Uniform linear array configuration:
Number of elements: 4
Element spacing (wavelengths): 0.25
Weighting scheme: binomial
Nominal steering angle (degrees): -15
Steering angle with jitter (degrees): -15.354
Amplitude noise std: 0.05
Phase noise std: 0.05

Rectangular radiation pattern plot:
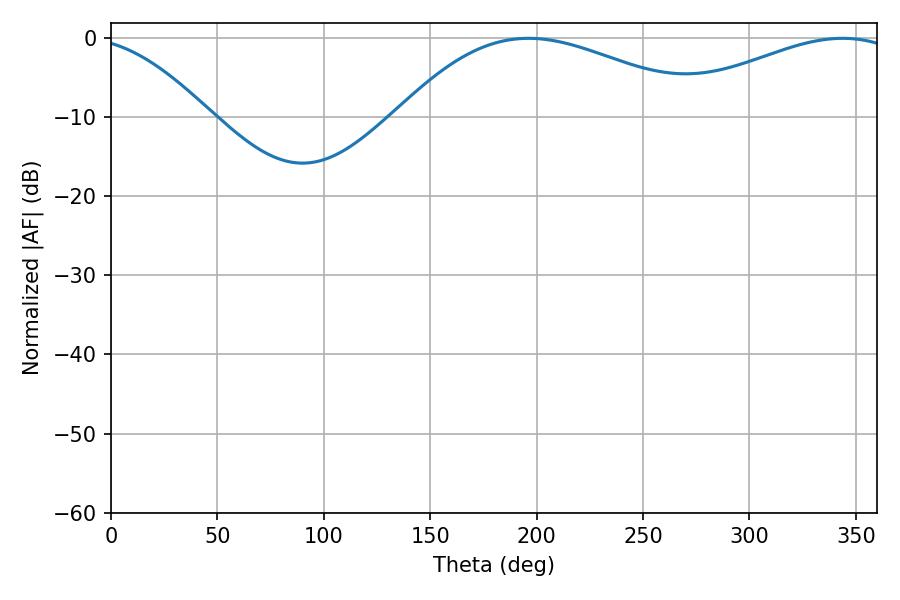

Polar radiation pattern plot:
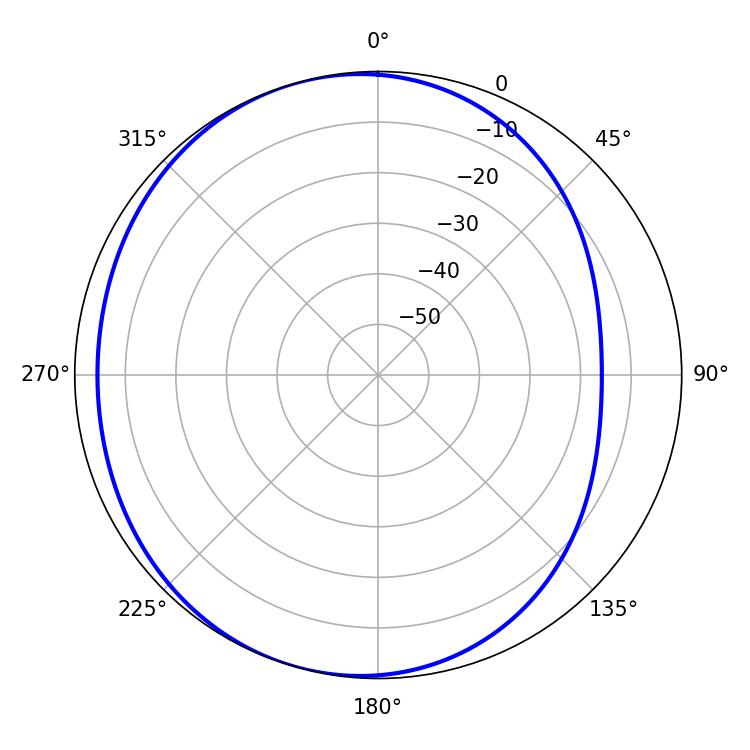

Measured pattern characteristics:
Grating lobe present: FALSE
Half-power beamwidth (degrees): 79.74
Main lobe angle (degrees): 196.2